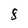
Character: 8